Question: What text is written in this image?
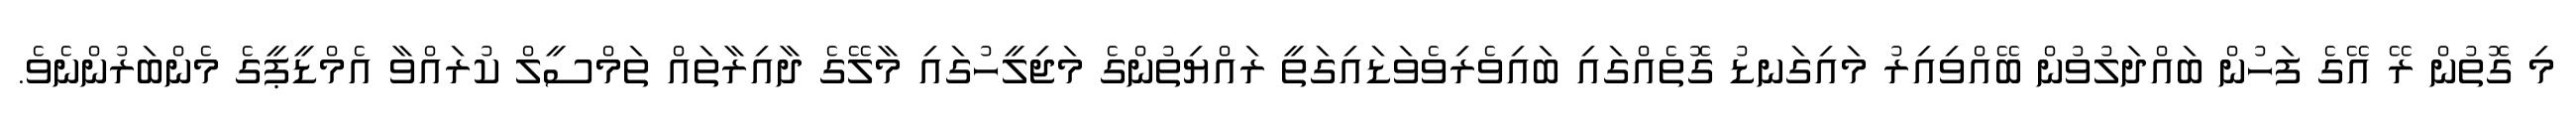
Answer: މި ގޮތުން ރޭ އޭގެ ފަހުން ބައްދަލުވުން ބޭއްވިއިރު މައިގަނޑު ގޮތެއްގައި ބައިވެރިވެވަޑައިގަތީ ރައްޔިތުންގެ މަޖިލީހުގައި މާލޭގެ ދާއިރާތައް ތަމްސީލް ކުރައްވާ އެމްޑީޕީގެ މެންބަރުންނެވެ.